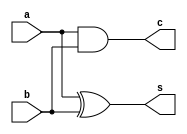
`timescale 1ns/1ps
module HA(a,b,s,c);//Area:3
input a,b;
output c,s;
xor #0.2 x1(s,a,b);
and #0.1 a1(c,a,b);
endmodule